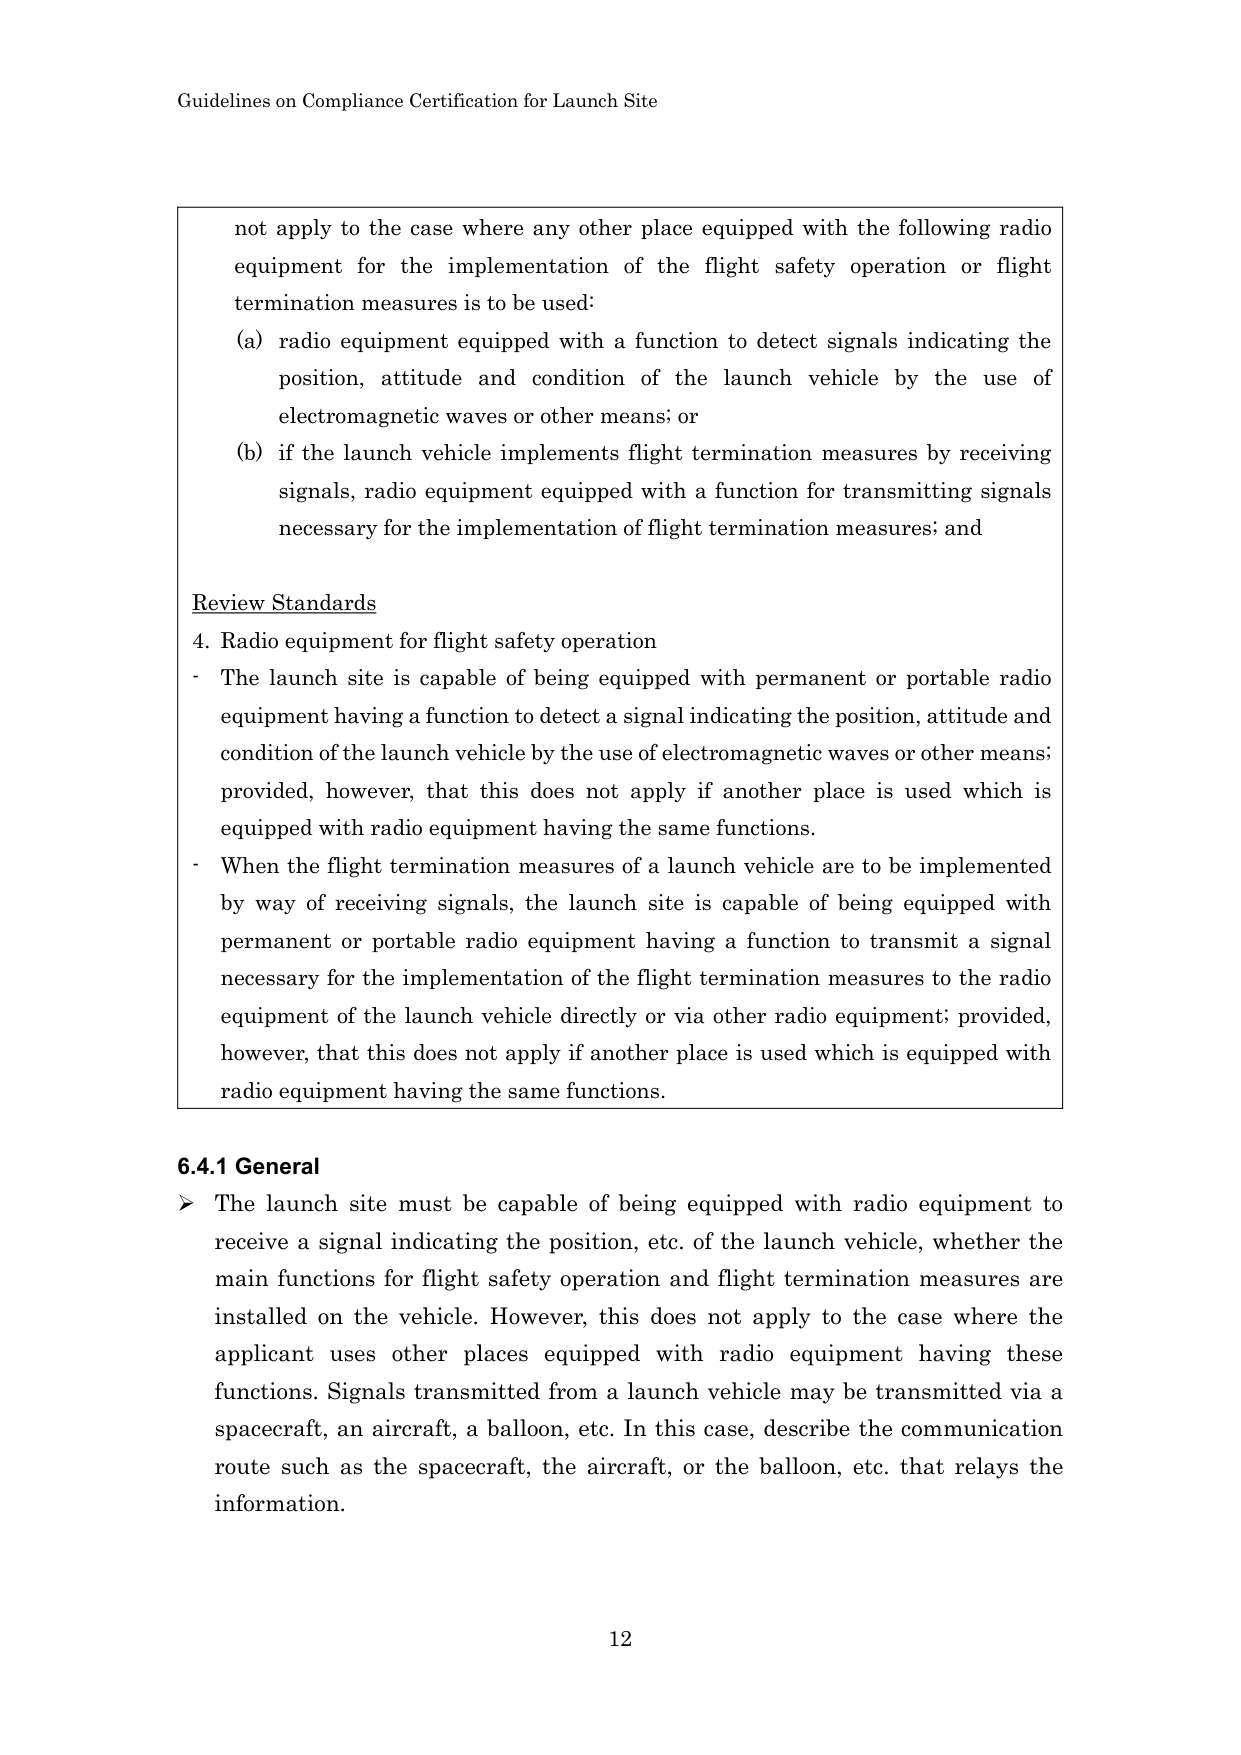
Guidelines on Compliance Certification for Launch Site

not apply to the case where any other place equipped with the following radio equipment for the implementation of the flight safety operation or flight termination measures is to be used:
(a) radio equipment equipped with a function to detect signals indicating the position, attitude and condition of the launch vehicle by the use of electromagnetic waves or other means; or
(b) if the launch vehicle implements flight termination measures by receiving signals, radio equipment equipped with a function for transmitting signals necessary for the implementation of flight termination measures; and

Review Standards
4. Radio equipment for flight safety operation
- The launch site is capable of being equipped with permanent or portable radio equipment having a function to detect a signal indicating the position, attitude and condition of the launch vehicle by the use of electromagnetic waves or other means; provided, however, that this does not apply if another place is used which is equipped with radio equipment having the same functions.
- When the flight termination measures of a launch vehicle are to be implemented by way of receiving signals, the launch site is capable of being equipped with permanent or portable radio equipment having a function to transmit a signal necessary for the implementation of the flight termination measures to the radio equipment of the launch vehicle directly or via other radio equipment; provided, however, that this does not apply if another place is used which is equipped with radio equipment having the same functions.

6.4.1 General
➤ The launch site must be capable of being equipped with radio equipment to receive a signal indicating the position, etc. of the launch vehicle, whether the main functions for flight safety operation and flight termination measures are installed on the vehicle. However, this does not apply to the case where the applicant uses other places equipped with radio equipment having these functions. Signals transmitted from a launch vehicle may be transmitted via a spacecraft, an aircraft, a balloon, etc. In this case, describe the communication route such as the spacecraft, the aircraft, or the balloon, etc. that relays the information.

12